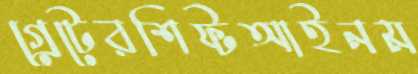
গ্রেটেরশিফ্টআইনম